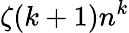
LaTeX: \zeta(k+1)n^{k}